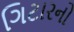
ગિટારનો